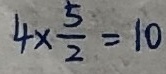
4 \times \frac { 5 } { 2 } = 1 0